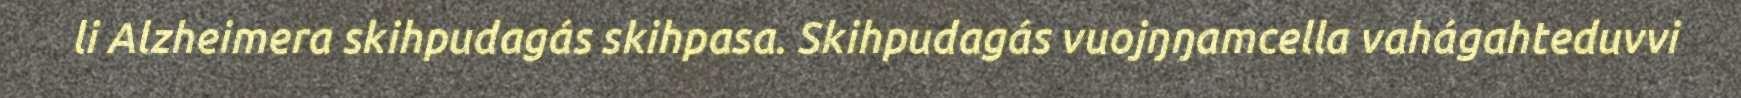
li Alzheimera skihpudagás skihpasa. Skihpudagás vuojŋŋamcella vahágahteduvvi